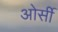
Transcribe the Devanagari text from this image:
ओर्सी